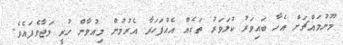
މޫނުމައްޗަށް އެހާ ބައިވަރު ކުލަވަރު ތަކެއް އެއްފަހަރާ އެރުމުން މިއުވާން ހުރީ މަޖާވެފައެވެ.